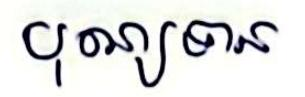
បុណ្យទាន